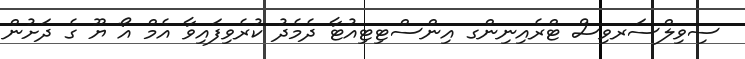
ސިވިލްސަރވިސް ޓްރެއިނިންގ އިންސްޓިޓިއުޓާ ދެމެދު ކުރެވިފައިވާ އެމް އޯ ޔޫ ގެ ދަށުން